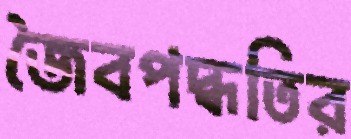
জৈবপদ্ধতির